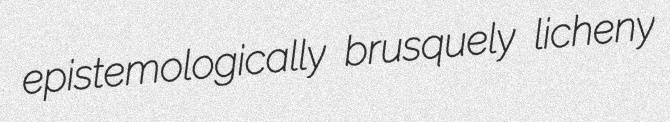
epistemologically brusquely licheny